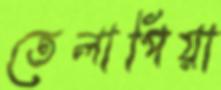
তেলাপিয়া